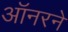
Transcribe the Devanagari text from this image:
ऑनरने